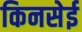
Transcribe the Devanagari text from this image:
किनसेई